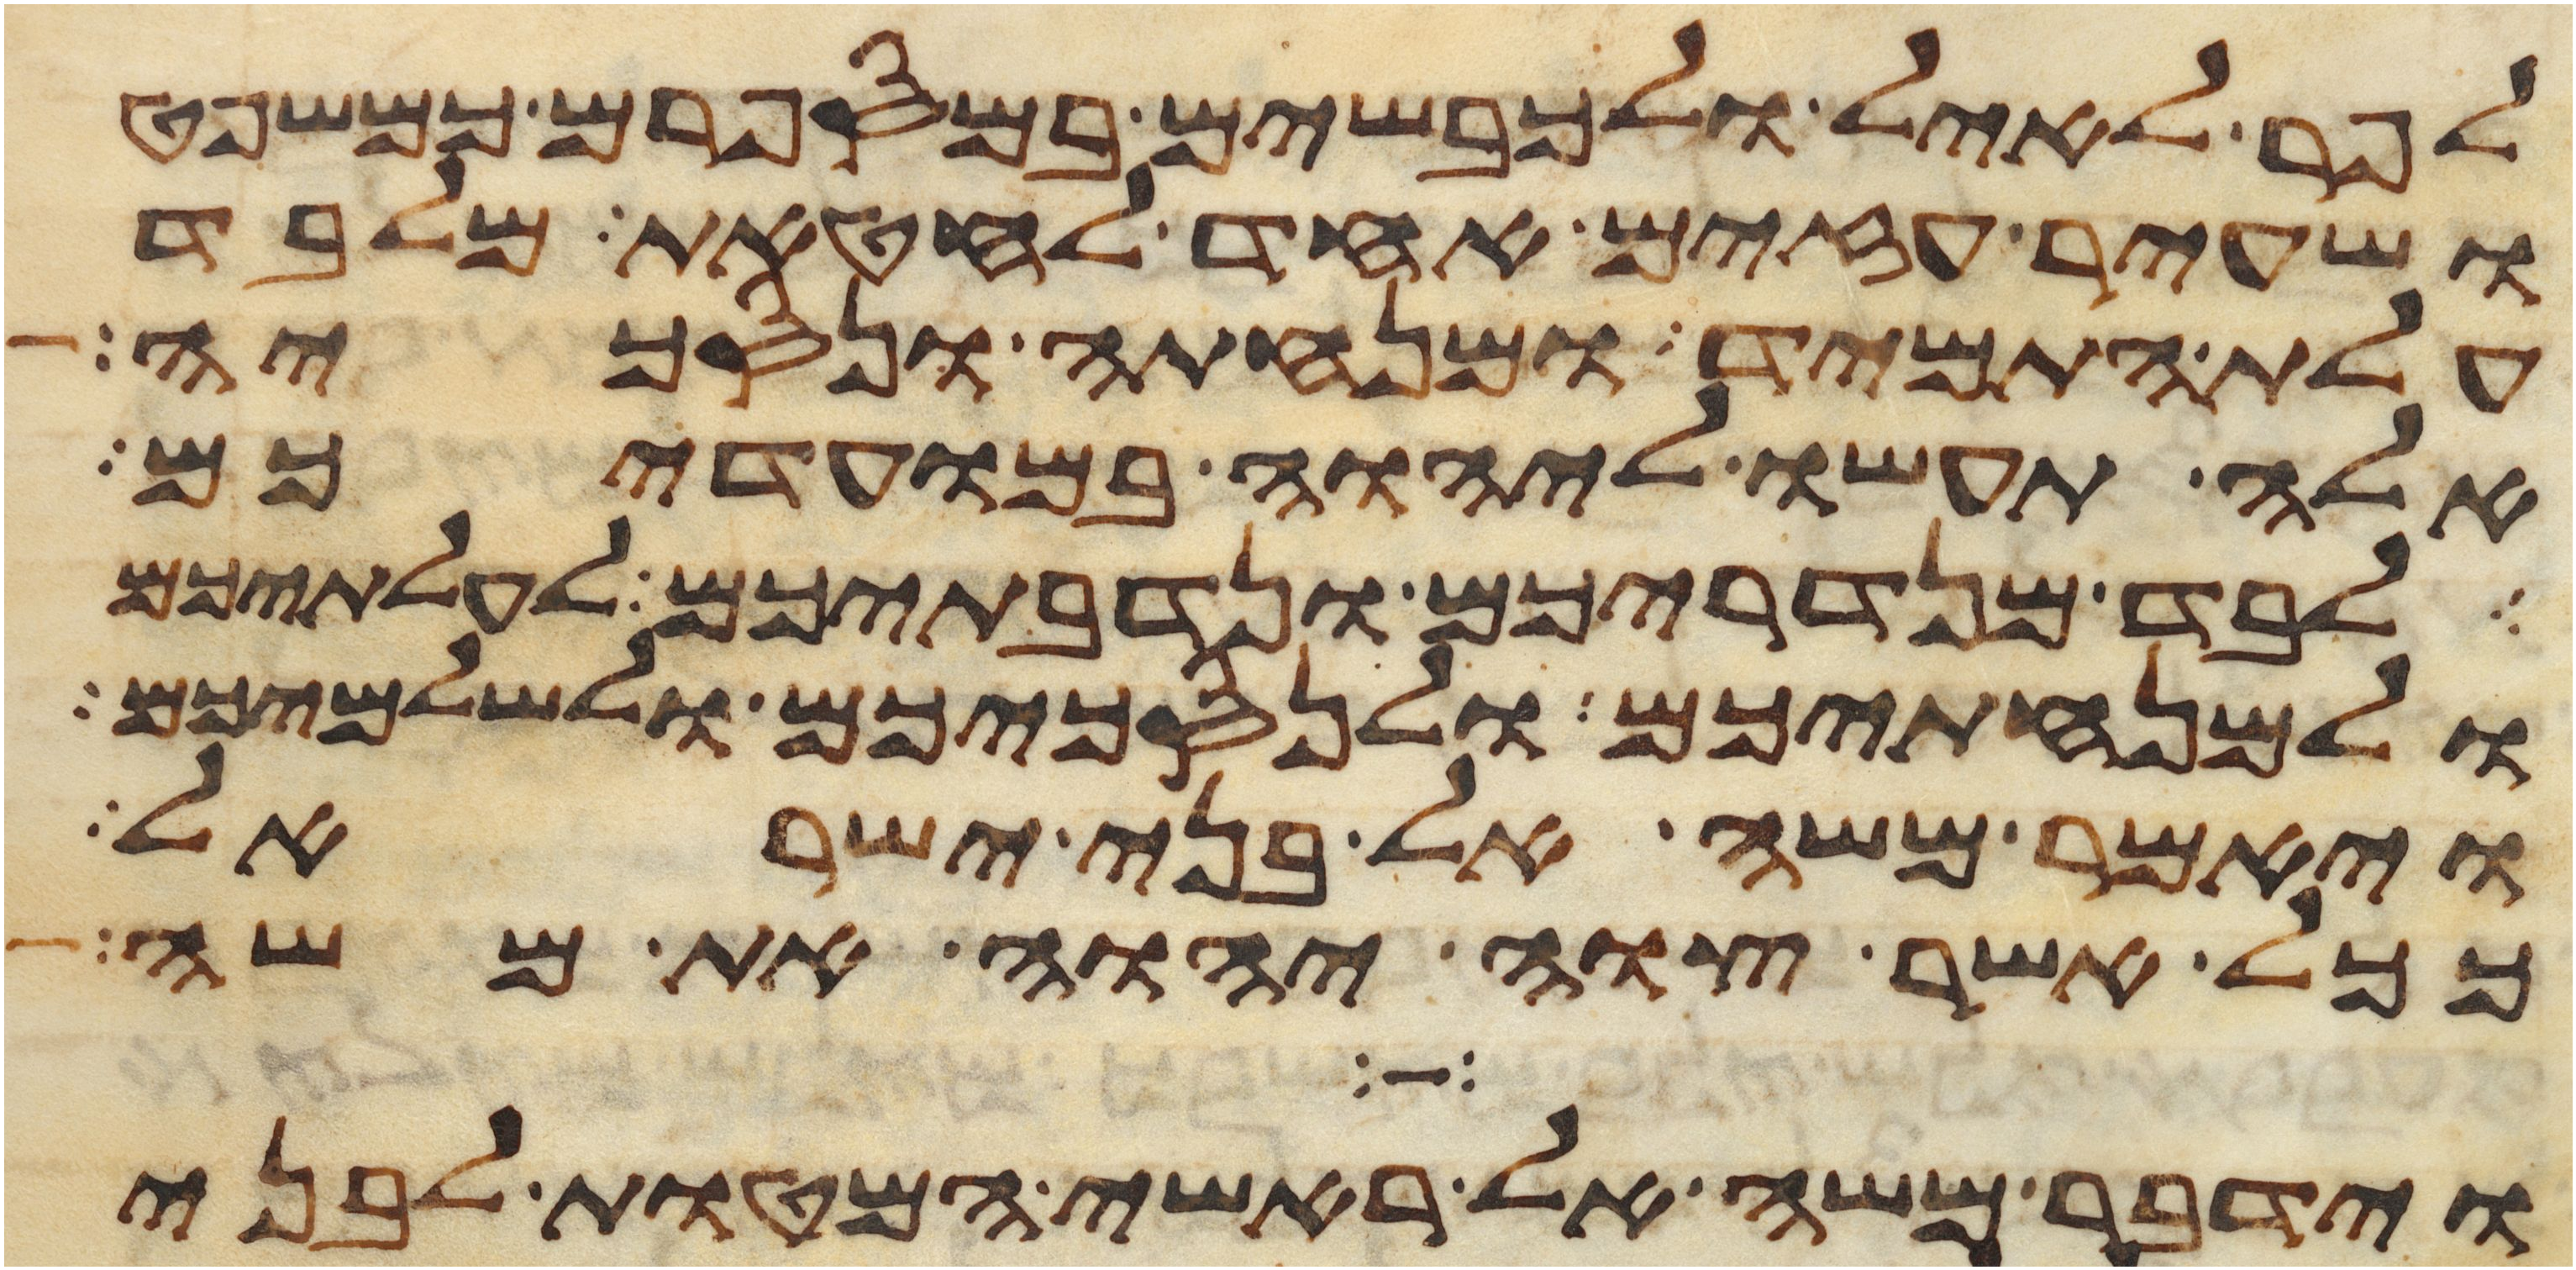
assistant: לפר לאיל ולכבשים במספרם כמשפט
ושעיר עזים אחד לחטאת מלבד
עלת התמיד ומנחתה ונסכיה
אלה תעשו ליהוה במועדיכם
לבד מנדריכם ונדבתיכם לעלתיכם
ולמנחתיכם ולנסכיכם ולשלמיכם
ויאמר משה אל בני ישראל
ככל אשר צוה יהוה את משה
וידבר משה אל ראשי המטות לבני